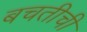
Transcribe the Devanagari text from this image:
बचतीची